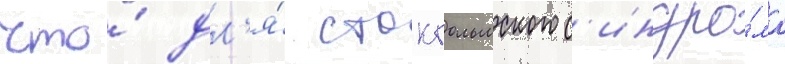
что́ дл'я́ стокгольмского с'индро́ма